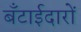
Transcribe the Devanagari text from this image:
बँटाईदारों